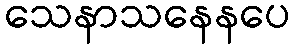
သေနာသနေနပေ